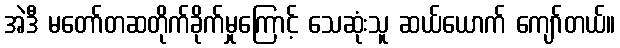
အဲဒီ မတော်တဆတိုက်ခိုက်မှုကြောင့် သေဆုံးသူ ဆယ်ယောက် ကျော်တယ်။